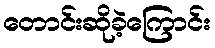
တောင်းဆိုခဲ့ကြောင်း